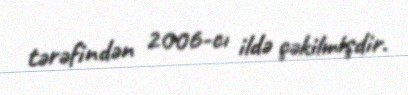
tərəfindən 2006-cı ildə çəkilmişdir.